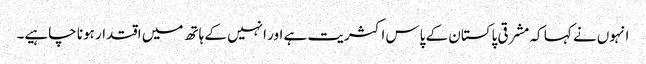
انہوں نے کہا کہ مشرقی پاکستان کے پاس اکثریت ہے اور انہیں کے ہاتھ میں اقتدار ہونا چاہیے۔